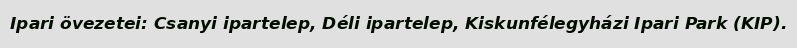
Ipari övezetei: Csanyi ipartelep, Déli ipartelep, Kiskunfélegyházi Ipari Park (KIP).